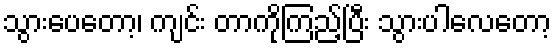
သွားပေတော့၊ ကျင်း တာကိုကြည့်ပြီး သွားပါလေတော့